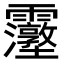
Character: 𮦿